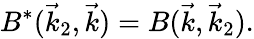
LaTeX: B^{*}(\vec{k}_{2},\vec{k})=B(\vec{k},\vec{k}_{2}).